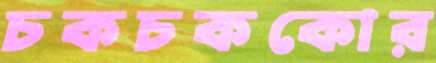
চকচককোর